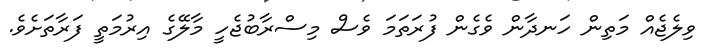
ވިލެޖެއް މަތިން ހަނދާން ވެގެން ފުރަތަމަ ވެސް މިސްރާބުޖެހީ މާލޭގެ އިރުމަތީ ފަރާތަށެވެ.